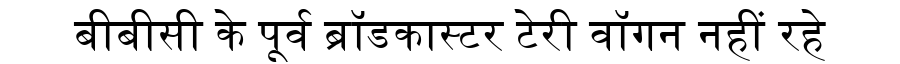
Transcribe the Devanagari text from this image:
बीबीसी के पूर्व ब्रॉडकास्टर टेरी वॉगन नहीं रहे